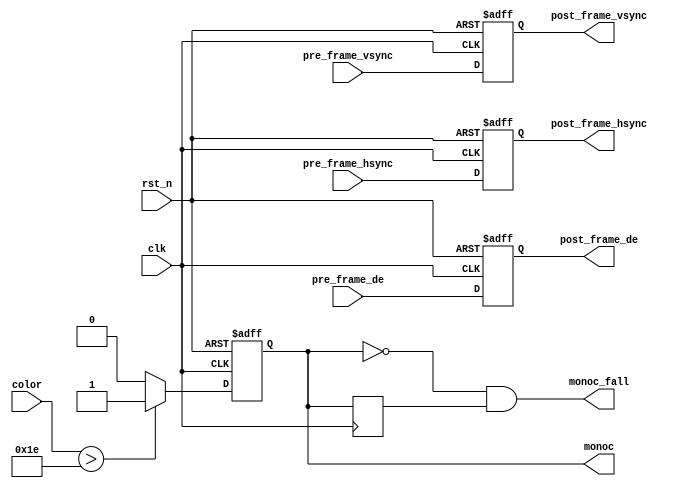
`timescale 1ns / 1ps
//////////////////////////////////////////////////////////////////////////////////
// Company: 
// Engineer: 
// 
// Design Name: 
// Module Name: binarization
// Project Name: 
// Target Devices: 
// Tool Versions: 
// Description: 
// 
// Dependencies: 
// 
// Revision:
// Revision 0.01 - File Created
// Additional Comments:
// 
//////////////////////////////////////////////////////////////////////////////////


module binarization(
    //module clock
    input               clk             ,   // 
    input               rst_n           ,   // 

    //
    input               pre_frame_vsync ,   // vsync
    input               pre_frame_hsync ,   // hsync
    input               pre_frame_de    ,   // data enable
    input   [7:0]       color           ,

    //
    output              post_frame_vsync,   // vsync
    output              post_frame_hsync,   // hsync
    output              post_frame_de   ,   // data enable
    output   reg       /*synthesis keep*/ monoc          ,   // monochrome1=0=
    output              monoc_fall

    //user interface
);

//reg define
reg    monoc_d0;
reg    pre_frame_vsync_d;
reg    pre_frame_hsync_d;
reg    pre_frame_de_d   ;

//*****************************************************
//**                    main code
//*****************************************************

assign  monoc_fall       = (!monoc) & monoc_d0;
assign  post_frame_vsync = pre_frame_vsync_d  ;
assign  post_frame_hsync = pre_frame_hsync_d  ;
assign  post_frame_de    = pre_frame_de_d     ;

//
always @(posedge clk) begin
    monoc_d0 <= monoc;
end

//
always @(posedge clk or negedge rst_n) begin
    if(!rst_n)
        monoc <= 1'b0;
    else if(color > 8'd30)  //
        monoc <= 1'b1;
    else
        monoc <= 1'b0;
end

//2
always@(posedge clk or negedge rst_n) begin
    if(!rst_n) begin
        pre_frame_vsync_d <= 1'd0;
        pre_frame_hsync_d <= 1'd0;
        pre_frame_de_d    <= 1'd0;
    end
    else begin
        pre_frame_vsync_d <= pre_frame_vsync;
        pre_frame_hsync_d <= pre_frame_hsync;
        pre_frame_de_d    <= pre_frame_de   ;
    end
end

endmodule